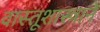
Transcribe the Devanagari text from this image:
वास्तूशास्त्राने